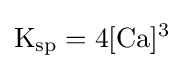
\mathrm {K_{sp}=4[Ca]^{3}}